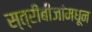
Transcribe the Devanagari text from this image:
स्त्रीबीजांमधून